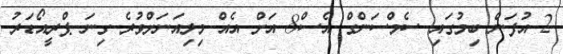
2 އުފަން ބިމުގައި ސެމްސަންގް އެސް8 އަށް އެއް މިލިއަނަށްވުރެ ގިނަ ޕްރީއޯޑަރު